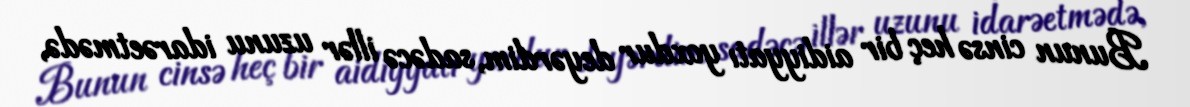
Bunun cinsə heç bir aidiyyatı yoxdur deyərdim, sadəcə illər uzunu idarəetmədə,